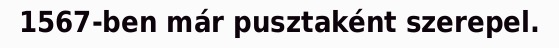
1567-ben már pusztaként szerepel.